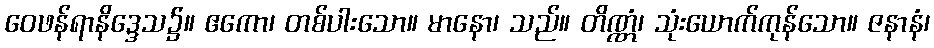
ဝေဖန်ရာနိဒ္ဒေသ၌။ ဧကော၊ တစ်ပါးသော။ မာနော၊ သည်။ တိဏ္ဏံ၊ သုံးယောက်ကုန်သော။ ဇနာနံ၊